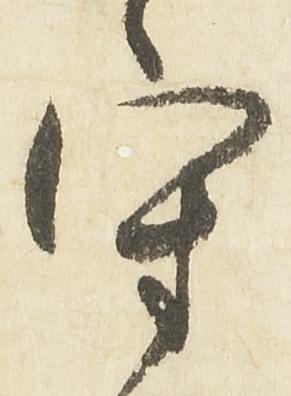
守